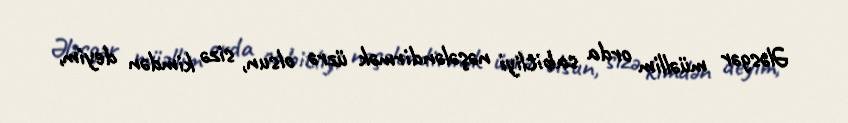
Ələsgər müəllim orda sabitliyi nəşələndirmək üzrə olsun, sizə kimdən deyim,